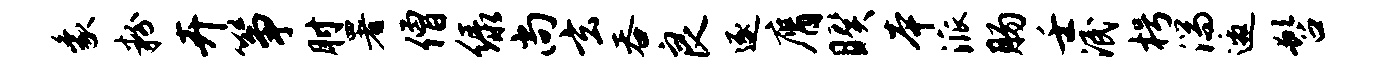
象粉卉筝肘署僧绿尚玄吞良逐膺睽本派肠壬泯枵湍邀髫